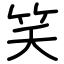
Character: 笑